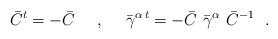
LaTeX: \begin{align*}{\bar{C}}^t = - {\bar{C}}~~~~,~~~~ {{\bar{\gamma}}^{\alpha\,t}} = -{\bar{C}} \,\,{\bar{\gamma}}^{\alpha} \,\, {\bar{C}}^{-1}~~.\end{align*}